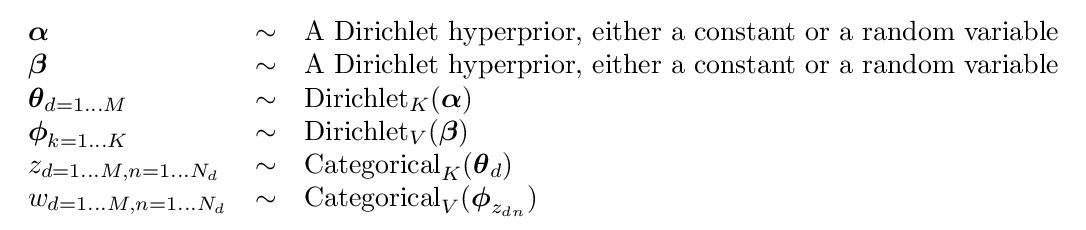
{\begin{array}{lcl}{\boldsymbol {\alpha }}&\sim &{\text{A Dirichlet hyperprior, either a constant or a random variable}}\\{\boldsymbol {\beta }}&\sim &{\text{A Dirichlet hyperprior, either a constant or a random variable}}\\{\boldsymbol {\theta }}_{d=1\dots M}&\sim &\operatorname {Dirichlet} _{K}({\boldsymbol {\alpha }})\\{\boldsymbol {\phi }}_{k=1\dots K}&\sim &\operatorname {Dirichlet} _{V}({\boldsymbol {\beta }})\\z_{d=1\dots M,n=1\dots N_{d}}&\sim &\operatorname {Categorical} _{K}({\boldsymbol {\theta }}_{d})\\w_{d=1\dots M,n=1\dots N_{d}}&\sim &\operatorname {Categorical} _{V}({\boldsymbol {\phi }}_{z_{dn}})\\\end{array}}